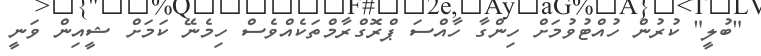
"ބުލީ" ކުރުން ހުއްޓުވުމަށް ހިންގާ ހާއްސަ ޕްރޮގްރާމްތަކެއްވެސް ހިމެނޭ ކަމަށް ޝީއިން ވަނީ